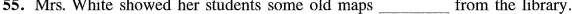
55.Mrs. White showed her students some old maps ___ from the library.